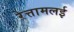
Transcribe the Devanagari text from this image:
रेत्तामलई